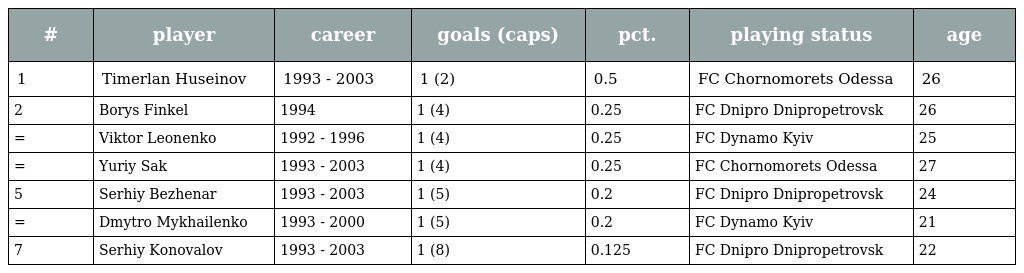
| # | player | career | goals (caps) | pct. | playing status | age |
 | --- | --- | --- | --- | --- | --- | --- |
 | 1 | Timerlan Huseinov | 1993 - 2003 | 1 (2) | 0.5 | FC Chornomorets Odessa | 26 |
 | 2 | Borys Finkel | 1994 | 1 (4) | 0.25 | FC Dnipro Dnipropetrovsk | 26 |
 | = | Viktor Leonenko | 1992 - 1996 | 1 (4) | 0.25 | FC Dynamo Kyiv | 25 |
 | = | Yuriy Sak | 1993 - 2003 | 1 (4) | 0.25 | FC Chornomorets Odessa | 27 |
 | 5 | Serhiy Bezhenar | 1993 - 2003 | 1 (5) | 0.2 | FC Dnipro Dnipropetrovsk | 24 |
 | = | Dmytro Mykhailenko | 1993 - 2000 | 1 (5) | 0.2 | FC Dynamo Kyiv | 21 |
 | 7 | Serhiy Konovalov | 1993 - 2003 | 1 (8) | 0.125 | FC Dnipro Dnipropetrovsk | 22 |